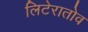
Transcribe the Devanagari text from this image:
लिटेरातोव